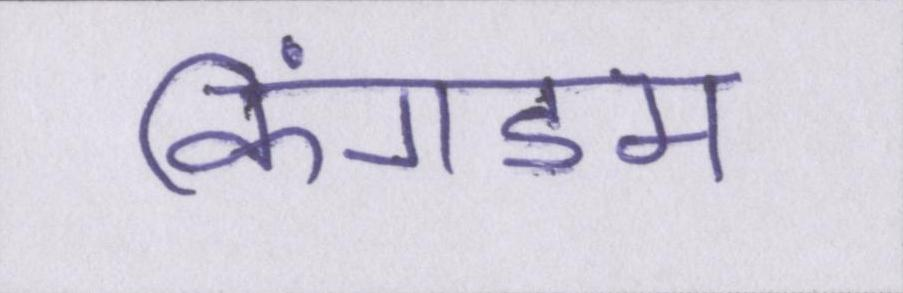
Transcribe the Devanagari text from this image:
किंगडम